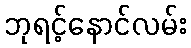
ဘုရင့်နောင်လမ်း